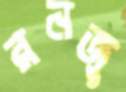
রনজু